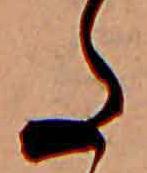
た